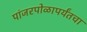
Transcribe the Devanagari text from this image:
पांजरपोळापर्यंतचा